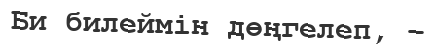
Би билеймiн дөңгелеп, –